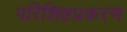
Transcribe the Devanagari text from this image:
परिशिष्टप्रकरण